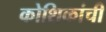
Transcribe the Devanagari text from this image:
कोशिकांची